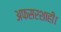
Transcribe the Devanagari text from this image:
अफसरशाही।